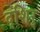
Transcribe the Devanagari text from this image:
दृशिर्